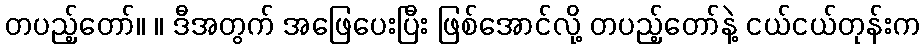
တပည့်တော်။ ။ ဒီအတွက် အဖြေပေးပြီး ဖြစ်အောင်လို့ တပည့်တော်နဲ့ ငယ်ငယ်တုန်းက